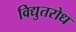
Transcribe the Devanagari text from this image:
विद्युतरोध